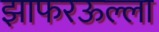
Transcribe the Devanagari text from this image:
झाफरऊल्ला